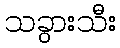
သခွားသီး